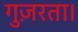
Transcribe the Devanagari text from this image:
गुज़रता।